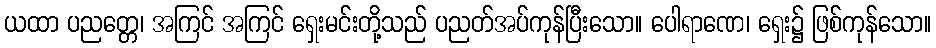
ယထာ ပညတ္တေ၊ အကြင် အကြင် ရှေးမင်းတို့သည် ပညတ်အပ်ကုန်ပြီးသော။ ပေါရာဏေ၊ ရှေး၌ ဖြစ်ကုန်သော။